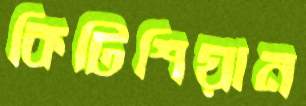
কিটিশিয়ান